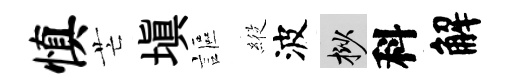
慎芒填謳𦂵波挲科解